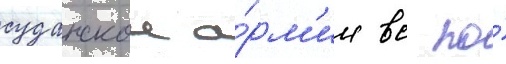
суданскои а́рм'ии вс по́